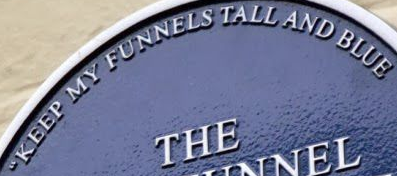
KEEF MY FUNNELS TALL AND BLUE